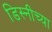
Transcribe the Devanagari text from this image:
डिस्नीच्या